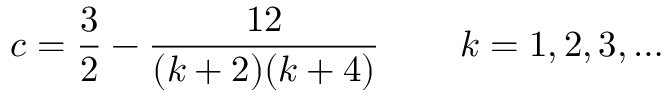
c = \frac { 3 } { 2 } - \frac { 1 2 } { ( k + 2 ) ( k + 4 ) } \, \qquad k = 1 , 2 , 3 , \ldots